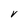
Character: V